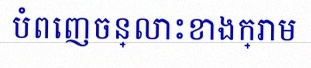
បំពេញចន្លោះខាងក្រោម